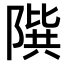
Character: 𨻘